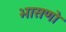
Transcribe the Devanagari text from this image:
भासणो